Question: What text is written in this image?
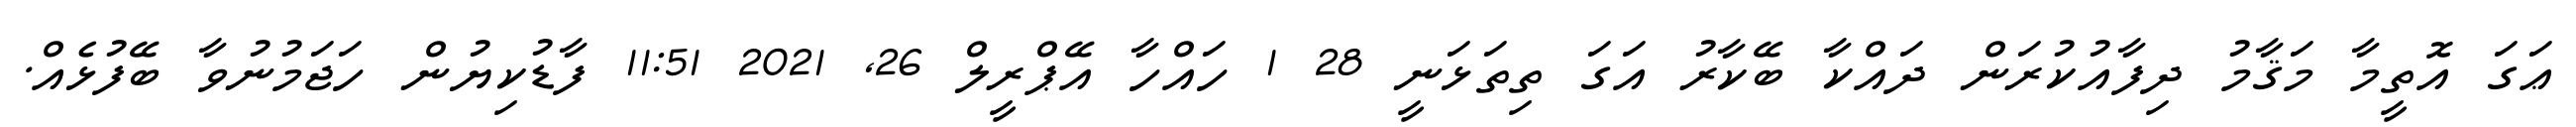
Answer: ޢަގަ އޮތީމާ މަޤާމު ދިފާއުކުރަން ދައްކާ ބޭކާރު އަގަ ތިތަޅަނީ 28 1 ހައްހާ އޭޕްރީލް 26, 2021 11:51 ފާޑުކިޔުން ހަޖަމުނުވާ ބޭފުޅެއް.